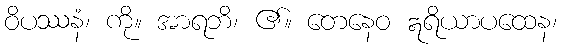
ဝိပဿနံ၊ ကို။ အာရဘိ၊ ၏။ တေနေဝ ဣရိယာပထေန၊